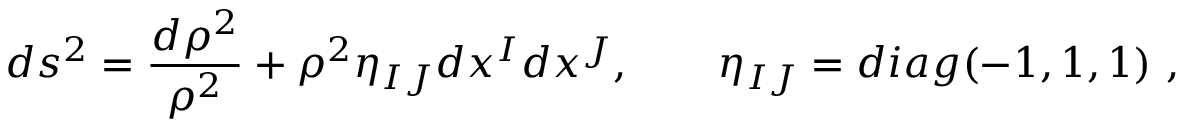
d s ^ { 2 } = \frac { d \rho ^ { 2 } } { \rho ^ { 2 } } + \rho ^ { 2 } \eta _ { I J } d x ^ { I } d x ^ { J } , \qquad \eta _ { I J } = d i a g ( - 1 , 1 , 1 ) \ ,